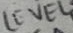
Text: LEVEL